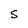
Character: S